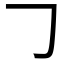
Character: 𠃌